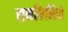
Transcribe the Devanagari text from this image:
सनफिलिपो